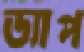
ড্যাপ